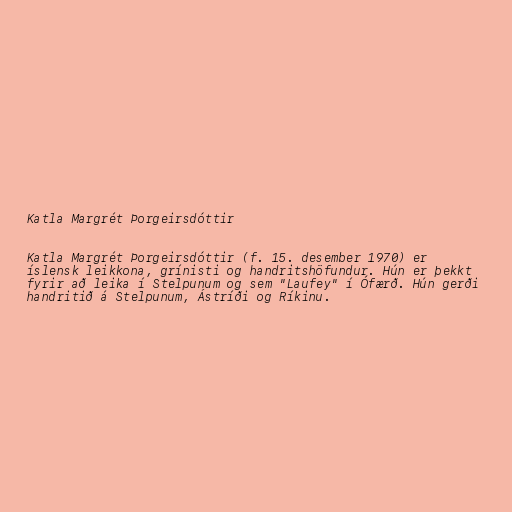
Katla Margrét Þorgeirsdóttir

Katla Margrét Þorgeirsdóttir (f. 15. desember 1970) er
íslensk leikkona, grínisti og handritshöfundur. Hún er þekkt
fyrir að leika í Stelpunum og sem "Laufey" í Ófærð. Hún gerði
handritið á Stelpunum, Ástríði og Ríkinu.